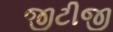
જીટીજી